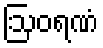
ဩဝရဏံ